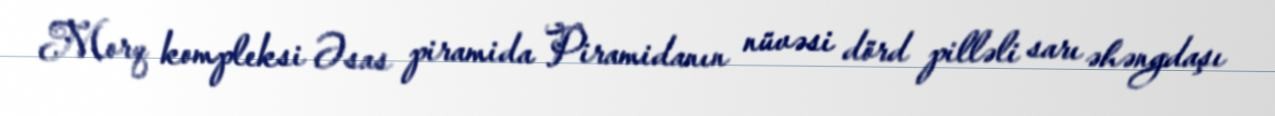
Morq kompleksi Əsas piramida Piramidanın nüvəsi dörd pilləli sarı əhəngdaşı